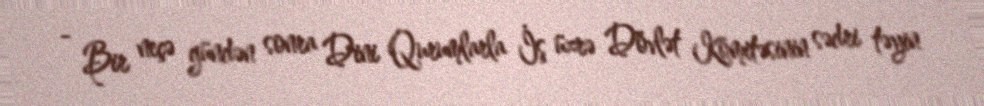
- Bir neçə gündən sonra Dini Qurumlarla İş üzrə Dövlət Komitəsinin sədri təyin